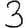
Digit: 3